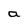
Character: a